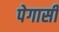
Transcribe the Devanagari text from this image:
पेगासी